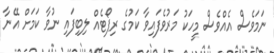
ނަމަވެސް އެއްވެސް މީހަކު މަރުވެފައިވާ ކަމުގެ ރިޕޯޓެއް ލިބިފައި ނުވާ ކަމަށް އޭނާ